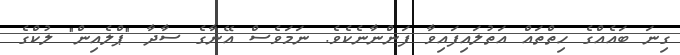
ގިނަ ބައެއްގެ ހިތްތައް އަތުލައިފައިވާ ފަންނާނެކެވެ. ނަމަވެސް އޭނާގެ ސާދާ "ޕްލެއިން" ލުކްގެ